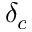
\delta _ { c }